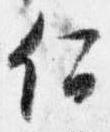
何